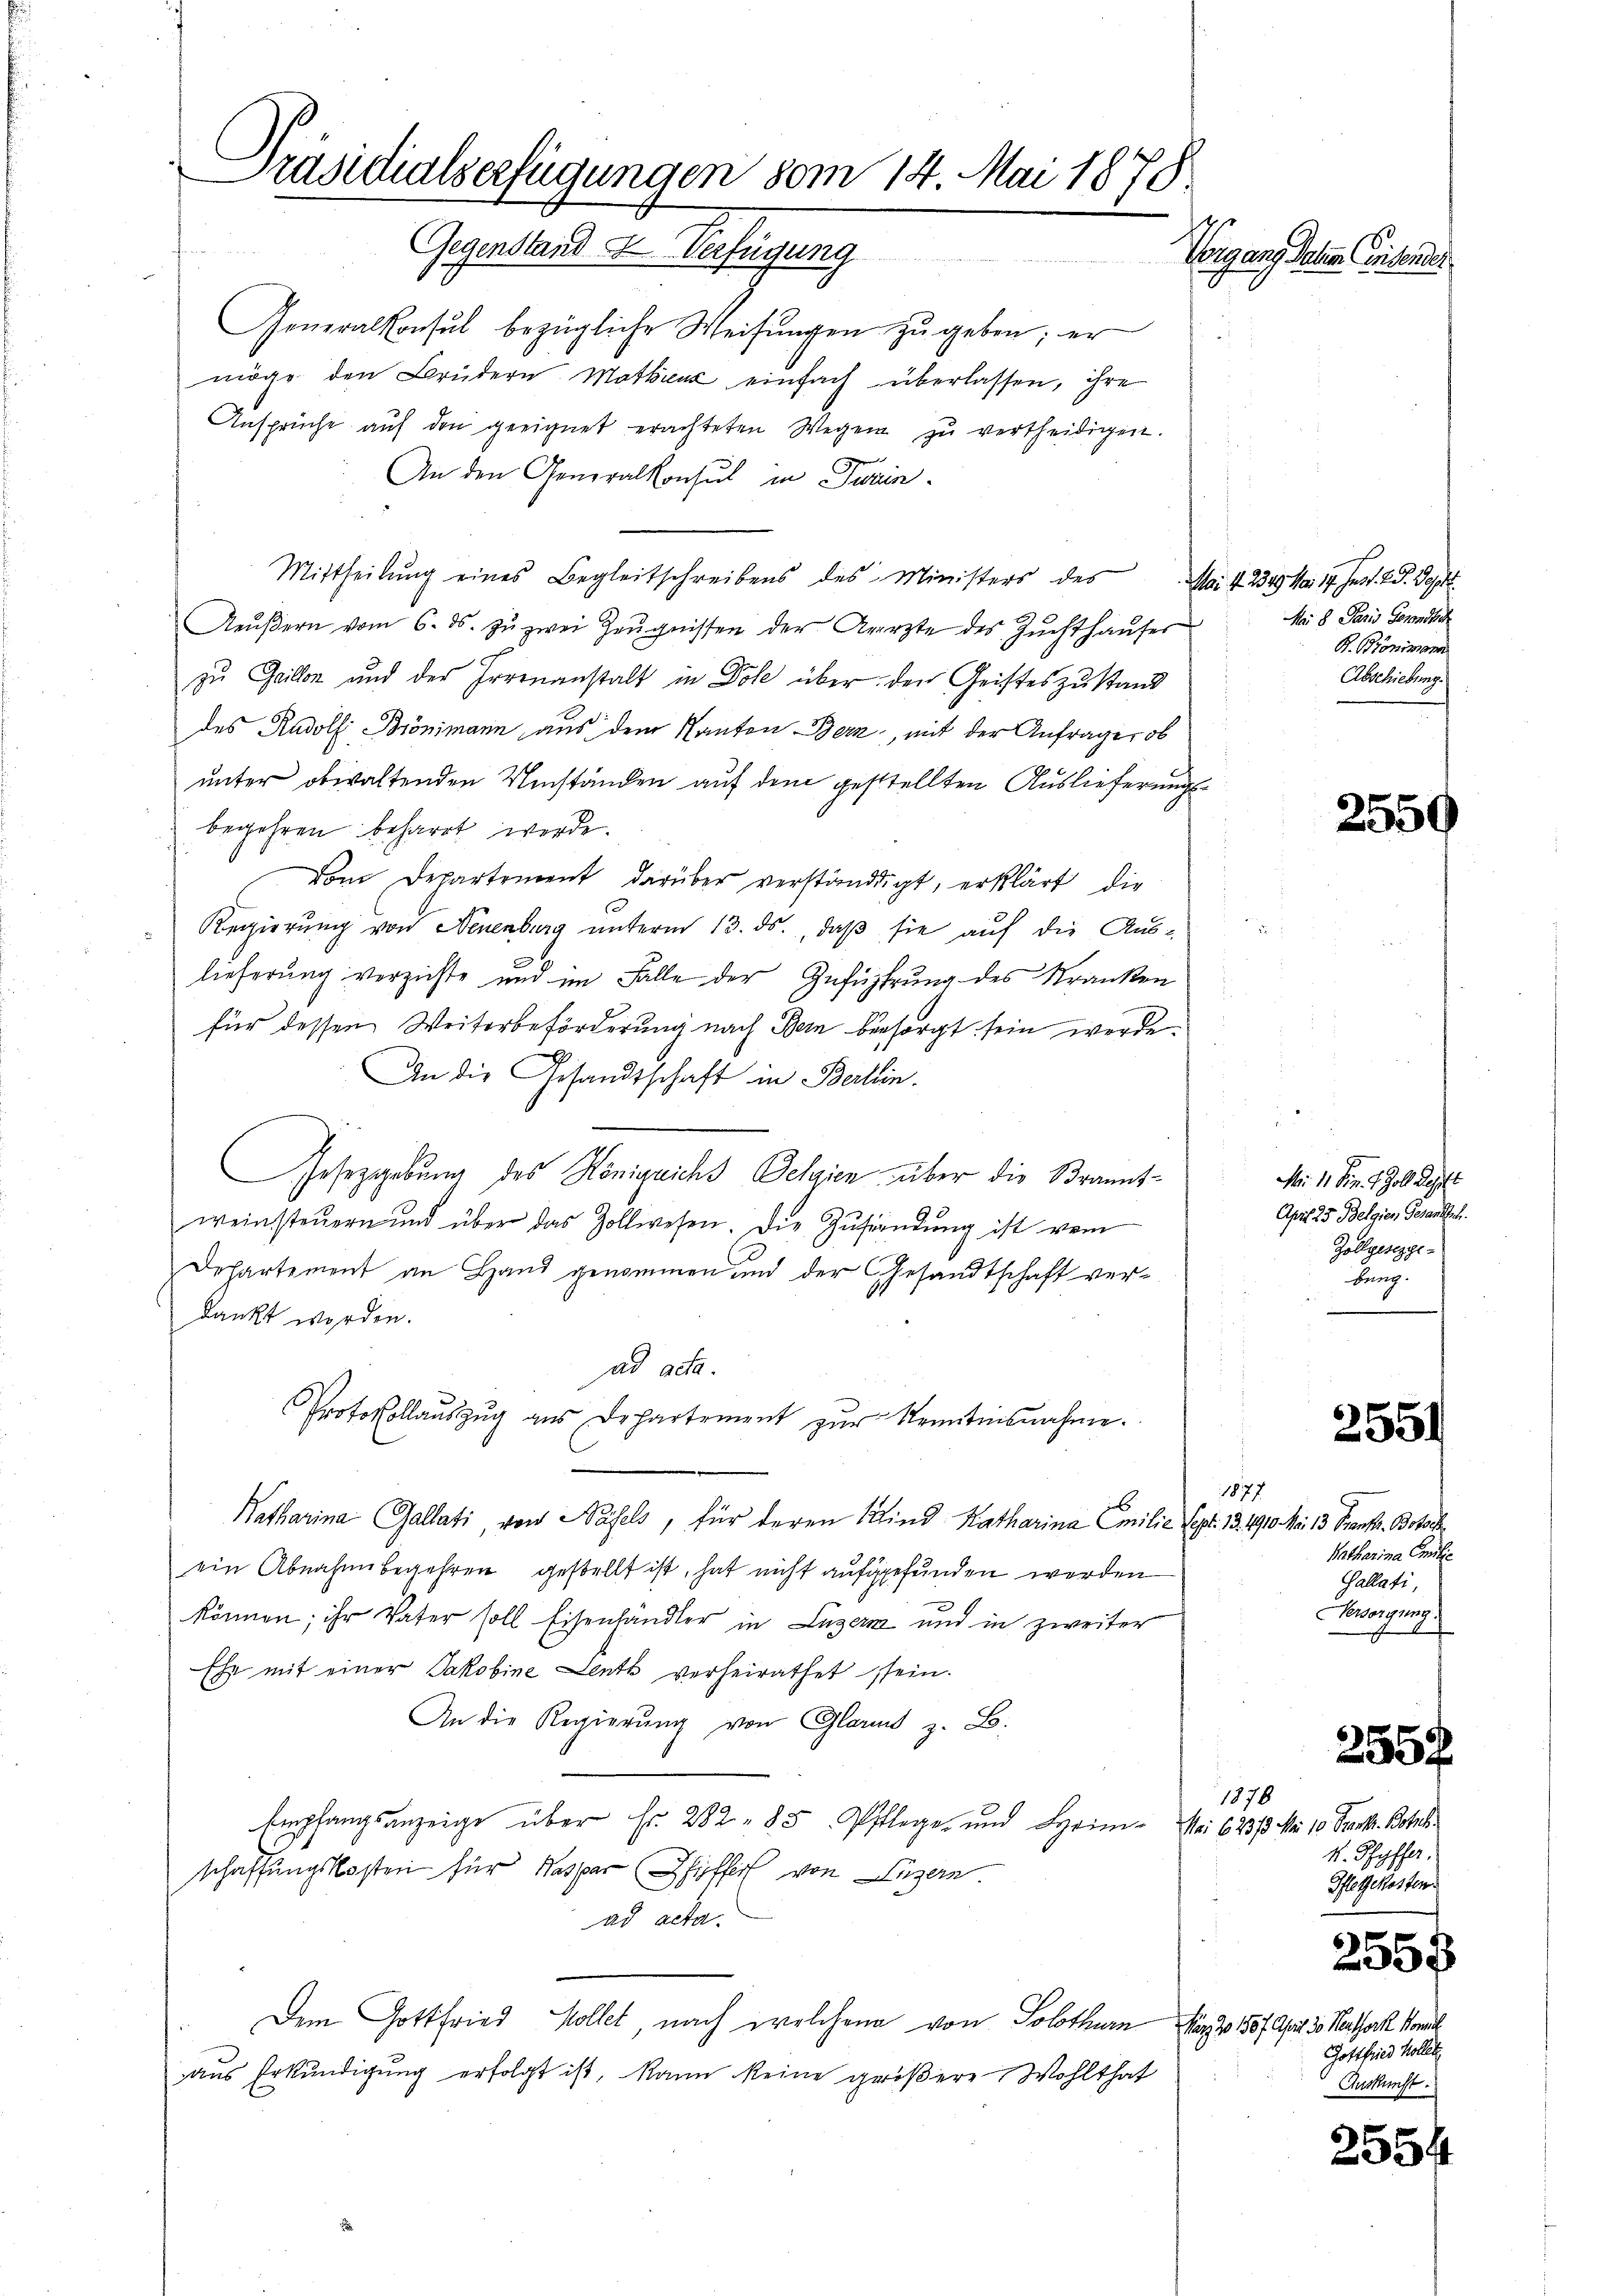
Präsidialserfügungen vom 14. Mai 1878
Gegenstand & Verfügung
Vorgang Johem Eisender

Generalkonsul bezügliche Weisungen zu geben; er
möge den Brüdern Mathin einfach überlassen, ihre
Ansprüche auf den geeignet erachteten Wegen zu vertheidigen.
An den Generalkonsul in Twain
Mittheilŭng eines Begleitschreibens des Ministers des Mai d. 234. No. 17. Just. 29. Sept.
Aŭβern vom 6. ds. zŭ zwei Zeŭgnissen der Aerzte des Zŭchthaŭser
zu Gaillon und der Irrenanstalt in Dole über den Geisteszustand
des Rudolf Brönimann aus dem Kanton Bern, mit der Anfrage, ob
unter obwaltenden Umständen auf dem gestellten Auslieferungsbegehren beharrt werde.
vom Departement darüber verständigt, erklärt, die
Regierung von Neuenburg unterm 13. ds., daß sie auf die Aus-
lieferung verzichte und im Falle der Zuführung des Kranken
für dessen Weiterbeförderung nach Bern besorgt sein werde.
An die Gesandtschaft in Berlin.
Gesetzgebung des Königlichs Delgien über die Branntweinsteŭern und über das Zollwesen. Die Zŭfändung ist vom
Departement an Hand genommen und der Gesandtschaft verdankt worden.
ad acta.
Protokollauszug aus Departement zŭr Kenntnisnahme.

Natharina Gallati, von Näfels, für deren Wind Katharina Emilie Sept. 13. 1910. Mai 13. Frankt. Botsch
ein Abnahmebegehren gestellt ist, hat nicht aufgefunden werden
können; ihr Vater soll Eisenhändler in Luzern und in zweiter
Ehe mit einer Jakobine Lentz verheirathet sein.
An die Regierŭng von Glarus z. B.
Empfangsanzeige über Fr. 282 - 85 Pflege und Hyrim¬ bei 623/3 No 10. Frank. Botel.
schaffungskosten für Kaspar Schiffer von Luzern.
ad acta.
Dem Gottfried Kollet, nach welchen von Solothurn März 1807 Art 30. Marthort komit
aŭs Erkŭndigŭng erfolgt ist, kann keine gröβere Wohlthat

M 8 Paris Gesandte
B. Bronimann
Abschiebung.

2559

M. 11. Sin. 1 Zoll desst
April 25 Belgien Gesandten.
Zollgeseggebung.

2551

1877
Batharina Emilie
Gallati,
Versorgung
g

255

1878
k. Ryffer,
Pfletsekosten.

2557

Gottfried Kollet
Auskunft.

2554